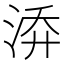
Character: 𭰡